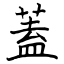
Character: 蓋